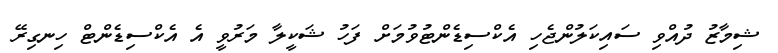
ޝިމާޒު ދުއްވި ސައިކަލުންޖެހި އެކްސިޑެންޓުވުމަށް ފަހު ޝަކީލާ މަރުވީ އެ އެކްސިޑެންޓް ހިނގިރޭ